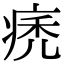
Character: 痜